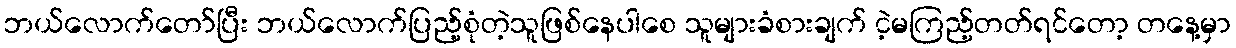
ဘယ်လောက်တော်ပြီး ဘယ်လောက်ပြည့်စုံတဲ့သူဖြစ်နေပါစေ သူများခံစားချက် ငဲ့မကြည့်တတ်ရင်တော့ တနေ့မှာ